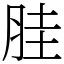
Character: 胿